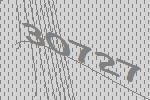
30727